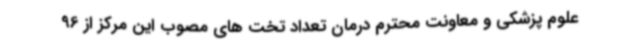
علوم پزشکی و معاونت محترم درمان تعداد تخت های مصوب این مرکز از 96